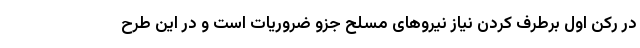
در رکن اول برطرف کردن نیاز نیروهای مسلح جزو ضروریات است و در این طرح